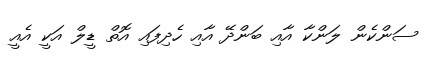
ސަންކެން ލަންކާ އާއި ބަންދޭ އާއި ހެދިފައި އޮތް ޑީލް އަކީ އެއީ